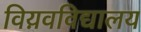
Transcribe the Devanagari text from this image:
विय़वविद्यालय